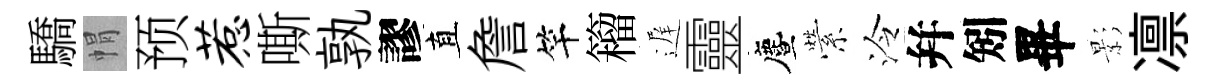
驕㡌预惹嘶孰謬直詹竿籕遅靈󵨌縈泠幷矧畢影凛